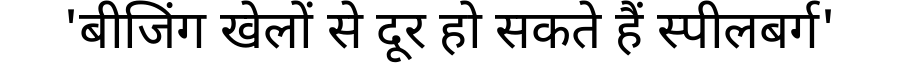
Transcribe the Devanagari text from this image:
'बीजिंग खेलों से दूर हो सकते हैं स्पीलबर्ग'